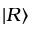
| R \rangle